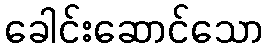
ခေါင်းဆောင်သော